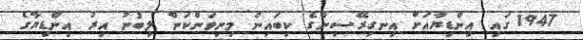
1947 ގައި އިންޑިޔާއަށް އިނގިރޭސިންގެ ކިބައިން މިނިވަންކަން ލިބުނު އިރު އިންޑިޔާގެ